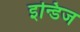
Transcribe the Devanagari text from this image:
इन्डिज